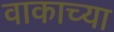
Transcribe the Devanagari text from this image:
वाकाच्या